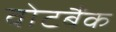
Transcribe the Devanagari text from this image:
वोटबैंक